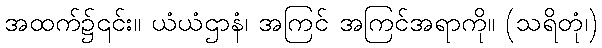
အထက်၌၎င်း။ ယံယံဌာနံ၊ အကြင် အကြင်အရာကို။ (သရိတုံ၊)